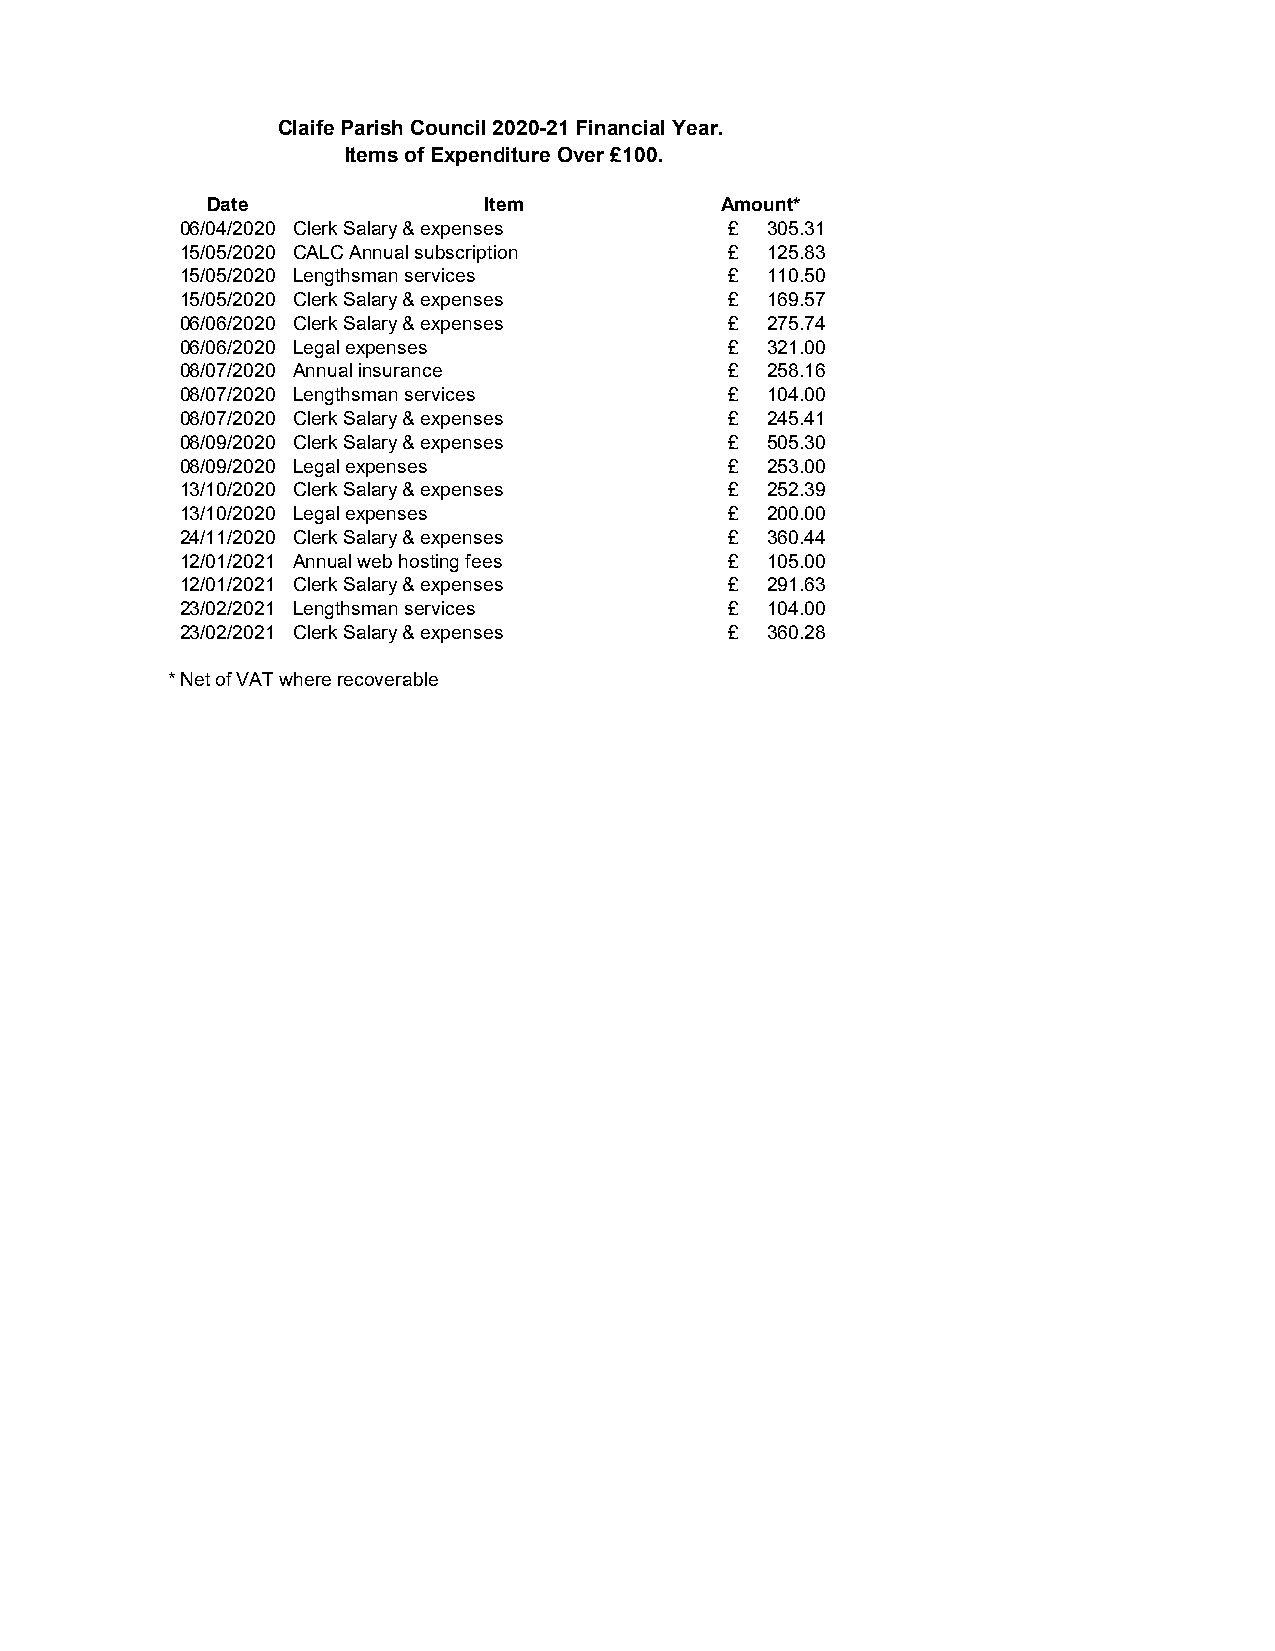
Claife Parish Council 2020-21 Financial Year.
 Items of Expenditure Over £100.
 Date              Item            Amount*
 06/04/2020 Clerk Salary & expenses  £  305.31
 15/05/2020 CALC Annual subscription £  125.83
 15/05/2020 Lengthsman services      £  110.50
 15/05/2020 Clerk Salary & expenses  £  169.57
 06/06/2020 Clerk Salary & expenses  £  275.74
 06/06/2020 Legal expenses           £  321.00
 08/07/2020 Annual insurance         £  258.16
 08/07/2020 Lengthsman services      £  104.00
 08/07/2020 Clerk Salary & expenses  £  245.41
 08/09/2020 Clerk Salary & expenses  £  505.30
 08/09/2020 Legal expenses           £  253.00
 13/10/2020 Clerk Salary & expenses  £  252.39
 13/10/2020 Legal expenses           £  200.00
 24/11/2020 Clerk Salary & expenses  £  360.44
 12/01/2021 Annual web hosting fees  £  105.00
 12/01/2021 Clerk Salary & expenses  £  291.63
 23/02/2021 Lengthsman services      £  104.00
 23/02/2021 Clerk Salary & expenses  £  360.28
 * Net of VAT where recoverable